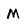
Character: M